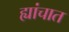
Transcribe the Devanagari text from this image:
ह्यांचात